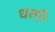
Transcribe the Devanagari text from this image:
धर्ता।